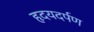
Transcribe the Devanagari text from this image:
हृदयदर्पण